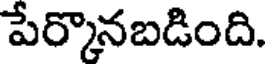
పేర్కొనబడింది.